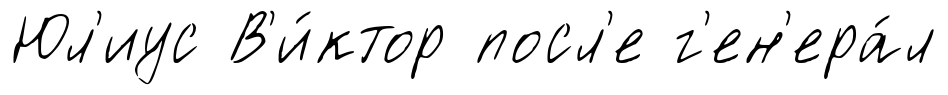
Юл'иус В'и́ктор посл'е г'ен'ера́л